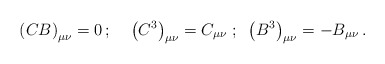
\begin{align*}\left( C B \right)_{\mu \nu}=0 \, ;\;\;\;\;\left( C^{3} \right)_{\mu \nu}=C_{\mu \nu} \;;\;\; \left( B^{3} \right)_{\mu \nu}=-B_{\mu \nu} \,.\end{align*}